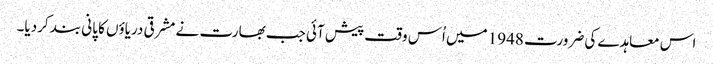
اس معاہدے کی ضرورت 1948 میں اُس وقت پیش آئی جب بھارت نے مشرقی دریاؤں کا پانی بند کردیا۔